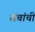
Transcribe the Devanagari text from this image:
संचांची